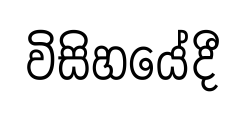
විසිහයේදී